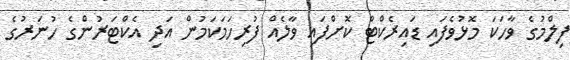
ފިލްމުގެ ވާހަކަ މޮޅުވެފައި ޑައިރެކްޓް ކޮށްފައި ވާލެއް ފުރިހަމަކަމުން އަދި އެކްޓަރުންގެ ހުނަރުގެ